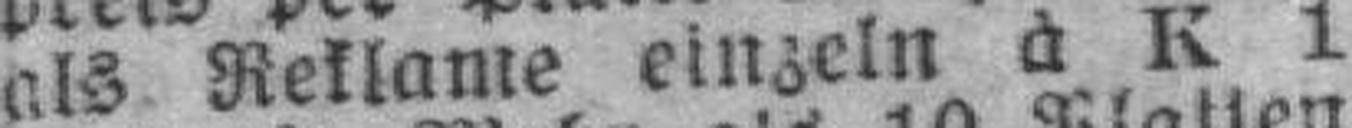
als Reklame einzeln à K 1